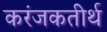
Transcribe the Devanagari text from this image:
करंजकतीर्थ